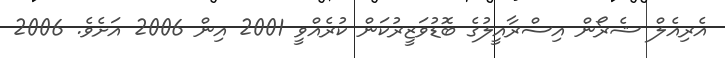
އެރިއެލް ޝެރޯން އިސްރާއީލުގެ ބޮޑުވަޒީރުކަން ކުރެއްވީ 2001 އިން 2006 އަށެވެ. 2006